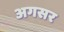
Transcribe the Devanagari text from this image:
अगसर